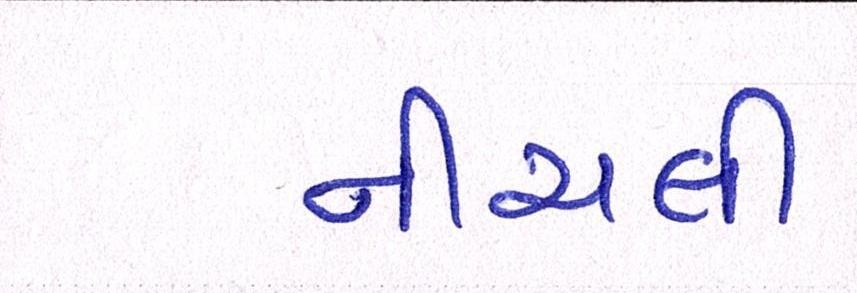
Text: નીચલી